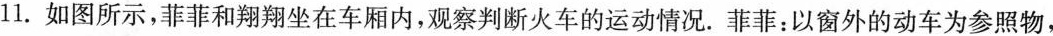
11.如图所示，菲菲和翔翔坐在车厢内，观察判断火车的运动情况。菲菲：以窗外的动车为参照物，